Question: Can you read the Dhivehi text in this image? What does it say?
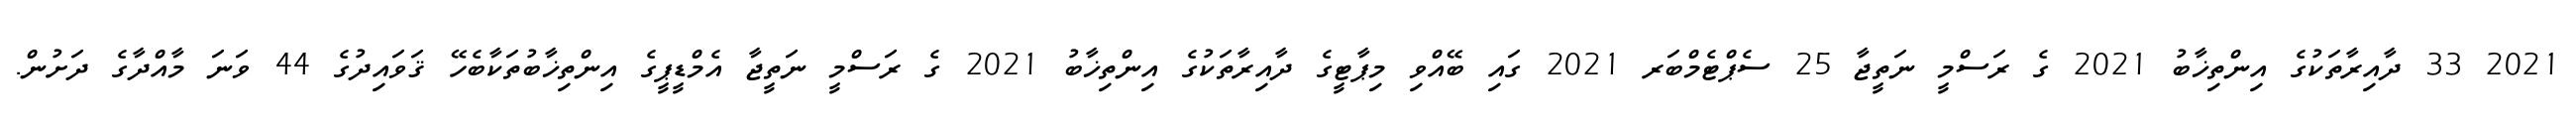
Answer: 2021 33 ދާއިރާތަކުގެ އިންތިޚާބު 2021 ގެ ރަސްމީ ނަތީޖާ 25 ސެޕްޓެމްބަރ 2021 ގައި ބޭއްވި މިޕާޓީގެ ދާއިރާތަކުގެ އިންތިޚާބު 2021 ގެ ރަސްމީ ނަތީޖާ އެމްޑީޕީގެ އިންތިޚާބުތަކާބެހޭ ޤަވައިދުގެ 44 ވަނަ މާއްދާގެ ދަށުން.